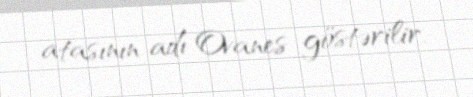
atasının adı Ovanes göstərilir.